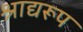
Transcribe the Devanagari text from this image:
श्राद्यरूप